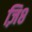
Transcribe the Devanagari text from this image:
ज़ि८